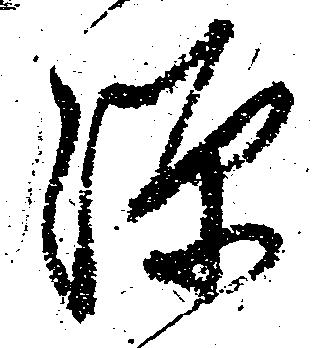
源